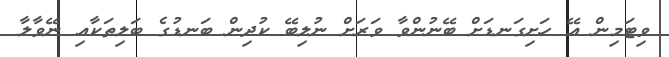
ވިޓަމިން އޭ ހަށިގަނޑަށް ބޭނުންވާ ވަރަށް ނުލިބޭ ކުދިން ބަނޑުގެ ބަލިތަކާއި ނޭވާލާ